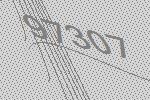
97307